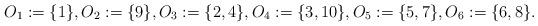
LaTeX: \begin{align*}O_1:=\{1\},O_2:=\{9\},O_3:=\{2, 4\},O_4:=\{3, 10\},O_5:=\{5, 7\},O_6:=\{6, 8\}.\end{align*}